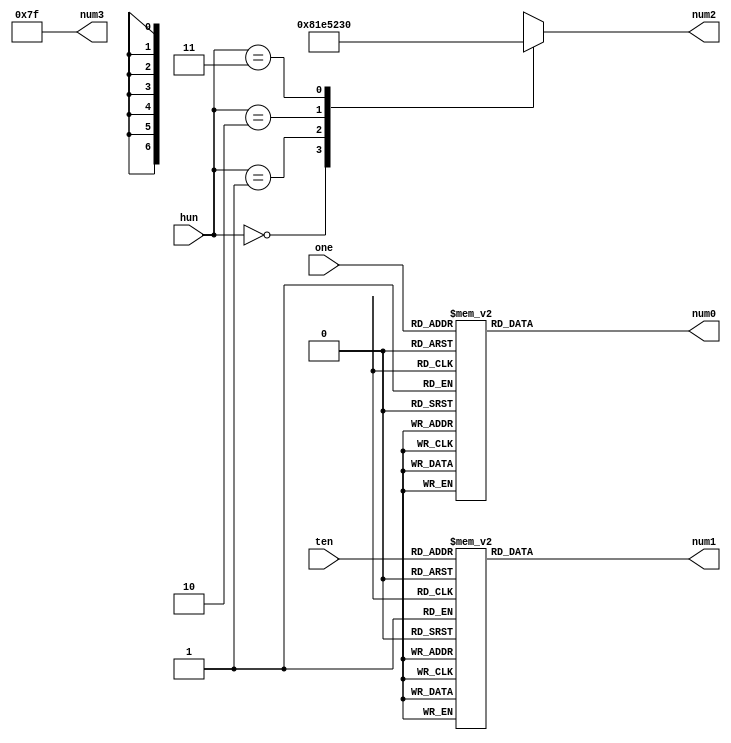
//BCD
module display(
  hun,
  ten,
  one,
  num3,
  num2,
  num1,
  num0
);

input [1:0] hun;
input [3:0] ten, one;
output reg [6:0] num2, num1, num0;
output [6:0] num3;

wire [1:0] h;
wire [3:0] t, o;

parameter _0 = 7'b100_0000, 
          _1 = 7'b111_1001, 
			 _2 = 7'b010_0100,
			 _3 = 7'b011_0000,
			 _4 = 7'b001_1001,
			 _5 = 7'b001_0010,
			 _6 = 7'b000_0010,
			 _7 = 7'b111_1000,
			 _8 = 7'b000_0000,
			 _9 = 7'b001_0000,
			 _none = 7'b111_1111;
			 

assign h = hun;
assign t = ten;
assign o = one;

always@(*)begin
  case(h)
    2'd0: num2 = _0;
    2'd1: num2 = _1;
    2'd2: num2 = _2;
    2'd3: num2 = _3;
    default: num2 = _none;
  endcase
end

always@(*)begin
  case(t)
    4'd0: num1 = _0;
    4'd1: num1 = _1;
    4'd2: num1 = _2;
    4'd3: num1 = _3;
    4'd4: num1 = _4;
    4'd5: num1 = _5;
    4'd6: num1 = _6;
    4'd7: num1 = _7;
    4'd8: num1 = _8;
    4'd9: num1 = _9;
    default: num1 = _none;
  endcase
end

always@(*)begin
  case(o)
    4'd0: num0 = _0;
    4'd1: num0 = _1;
    4'd2: num0 = _2;
    4'd3: num0 = _3;
    4'd4: num0 = _4;
    4'd5: num0 = _5;
    4'd6: num0 = _6;
    4'd7: num0 = _7;
    4'd8: num0 = _8;
    4'd9: num0 = _9;
    default: num0 = _none;
  endcase
end

assign num3 = _none;

endmodule